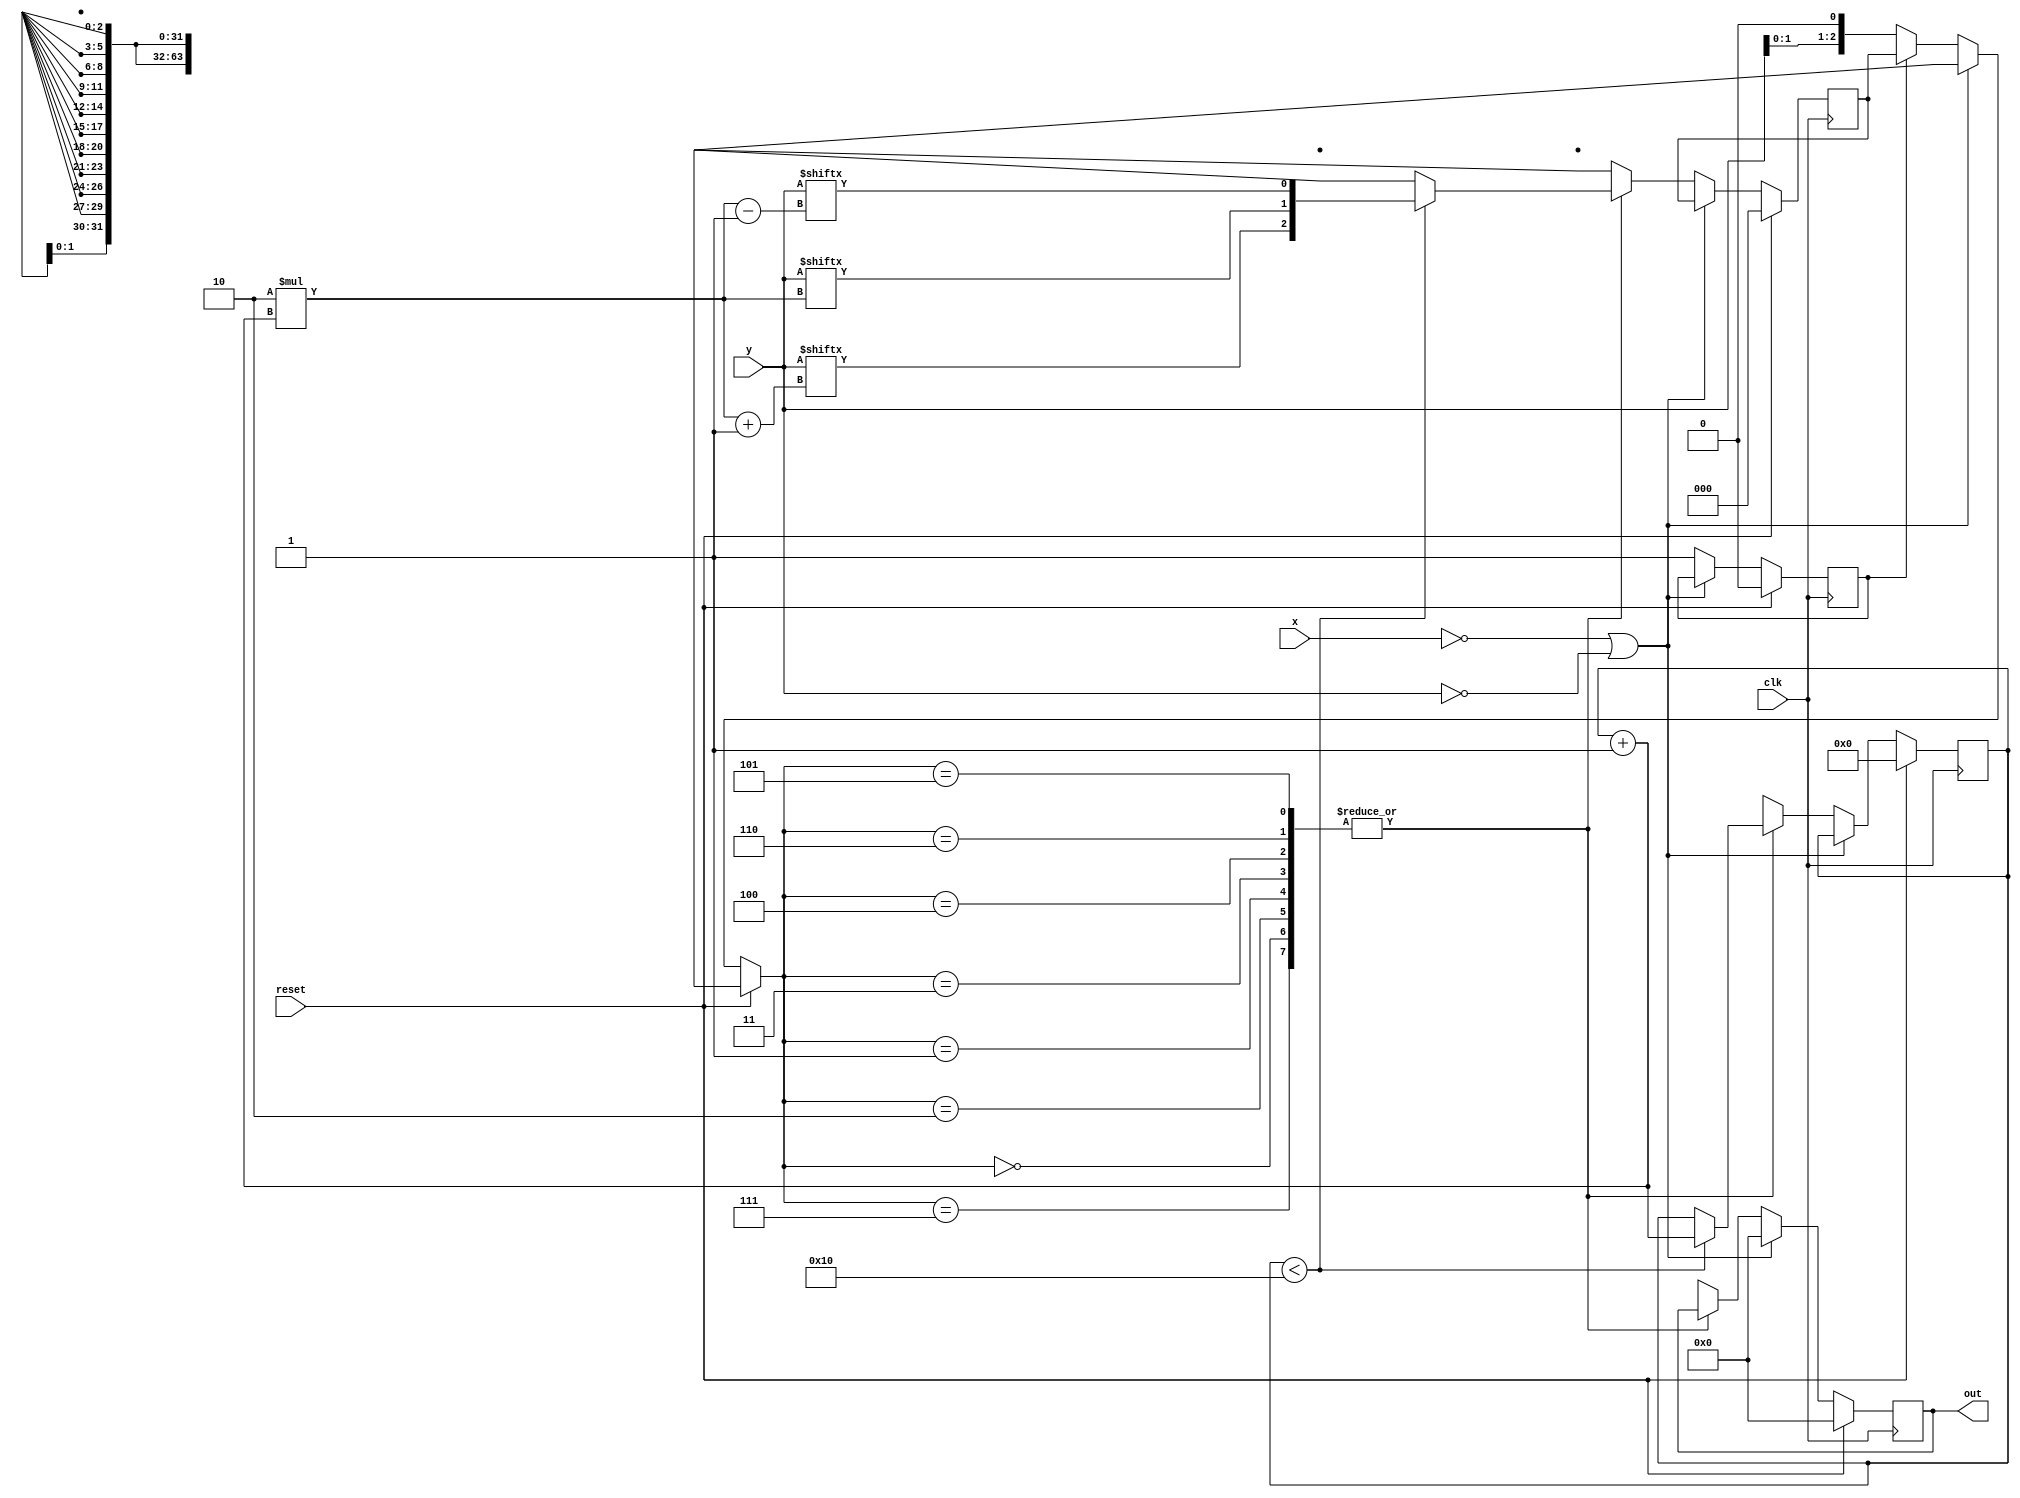
module radix4booth (
input clk,reset,
input  [31:0] x,y,
output reg [63:0] out
);
reg [2:0] c=3'b000; //bits for decide operation

reg   [63:0] partial_product=0; //partial product 
reg   [63:0] shifted_partial_product=0; //shifted partial product to facilitate summation of this with the previous resulted product
reg   [63:0] prod=0; // value to store the accumulated partial products
reg [31:0] i=0,j=0;
reg flag=0, reserved_sign=0 ;
wire [31:0] x_bar ;

assign x_bar = (~x) +1'b1;
always@(posedge clk)
begin
if(reset)
begin
	out=0;
	c=0;
	partial_product=0;
	flag=0;
	shifted_partial_product=0;
	i=0;
	j=0;
	prod=0;
end
else if(x==32'b0 || y==32'b0)begin
	out=64'b0; // condition of one of two operands is zero
end
else begin

	if(!flag) // detect first cycle
		c={y[1],y[0],1'b0};
	flag=1;
	case(c)
		3'b000,3'b111: begin
			if(i<16)
			begin  i=i+1; //do nothing
			c={y[2*i+1],y[2*i],y[2*i-1]}; end
			else
			c=3'bxxx;
			end
	
		3'b001,3'b010:
			begin
			if(i<16)
			begin
			i=i+1;
			c={y[2*i+1],y[2*i],y[2*i-1]};
			partial_product={{32{x[31]}},x};
			if(i==1'b1)//if first cycle
			prod=partial_product;
			else
			begin
			reserved_sign=partial_product[63];
			j=i-1;
			j=j<<1;
			shifted_partial_product=partial_product<<j;
			shifted_partial_product={reserved_sign,shifted_partial_product[62:0]};
			prod=prod+shifted_partial_product;
			end
			end
			else c=3'bxxx;
			end
		3'b011:
			begin
			if(i<16)
			begin
			i=i+1;
			c={y[2*i+1],y[2*i],y[2*i-1]};
			partial_product={{31{x[31]}},x,1'b0};
			if(i==1'b1)//if first cycle
			prod=partial_product;
			else
			begin
			reserved_sign=partial_product[63];
			j=i-1;
			j=j<<1;
			shifted_partial_product=partial_product<<j;
			shifted_partial_product={reserved_sign,shifted_partial_product[62:0]};
			prod=prod+shifted_partial_product;
			end
			end
			else c=3'bxxx;
			end
		3'b100:
			begin
			if(i<16)
			begin
			i=i+1;
			c={y[2*i+1],y[2*i],y[2*i-1]};
			partial_product={{31{x_bar[31]}},x_bar,1'b0};
			if(i==1'b1)//if first cycle
			prod=partial_product;
			else
			begin
			reserved_sign=partial_product[63];
			j=i-1;
			j=j<<1;
			shifted_partial_product=partial_product<<j;
			shifted_partial_product={reserved_sign,shifted_partial_product[62:0]};
			prod=prod+shifted_partial_product;
			end
			end
			else c=3'bxxx;
			end
			////////////////////////////////////
		3'b101, 3'b110:
			begin
			if(i<16)
			begin
			i=i+1;
			c={y[2*i+1],y[2*i],y[2*i-1]};
			partial_product={{32{x_bar[31]}},x_bar};
			if(i==1'b1) //if first cycle
			prod=partial_product;
			else
			begin
			reserved_sign=partial_product[63];
			j=i-1;
			j=j<<1;
			shifted_partial_product=partial_product<<j;
			shifted_partial_product={reserved_sign,shifted_partial_product[62:0]};
			prod=prod+shifted_partial_product;
			end
			end
			else c=3'bxxx;
			end
		default:
			out= prod; // at the end output will be the product
	endcase
end
end

endmodule